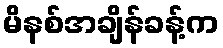
မိနစ်အချိန်ခန့်က